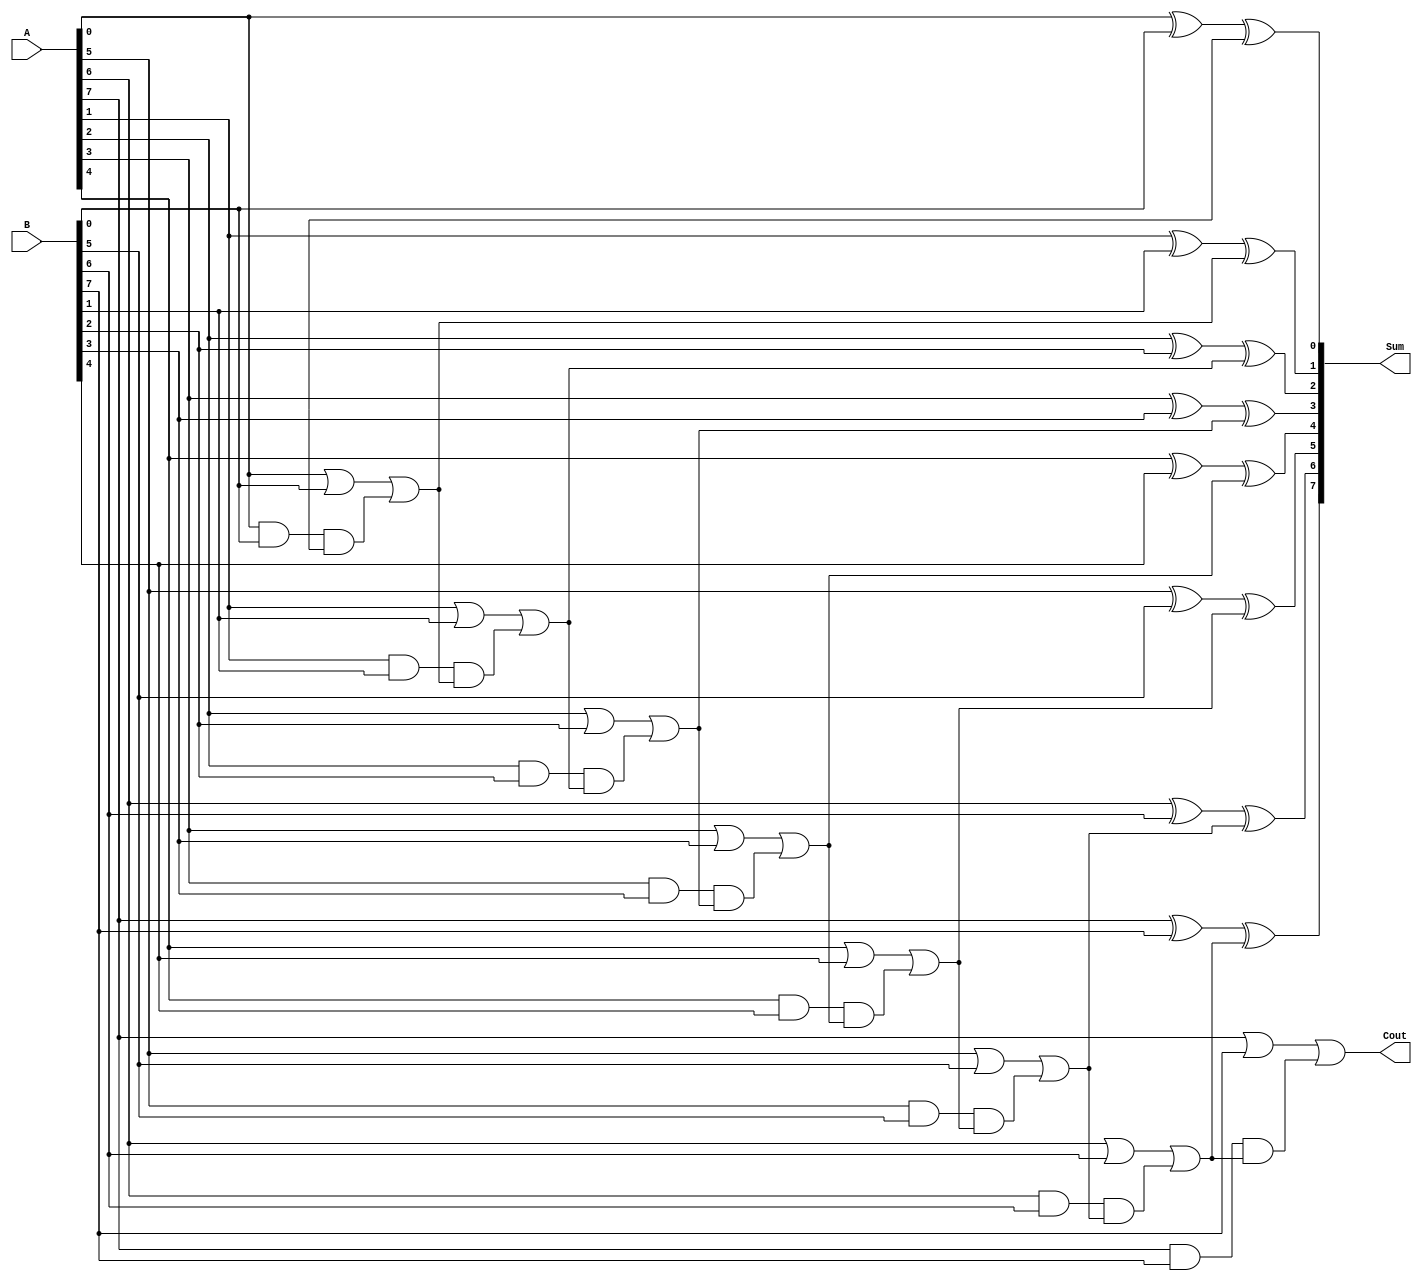
module CarryLookAheadAdder (
  input [7:0] A,
  input [7:0] B,
  output [7:0] Sum,
  output Cout
);

wire [7:0] P, G, C;

// Generate and Propagate signals generation
genvar i;
generate
  for (i = 0; i < 8; i = i + 1) begin: gen_prop
    assign P[i] = A[i] & B[i];
    assign G[i] = A[i] | B[i];
  end
endgenerate

// Carry computation
genvar j;
generate
  for (j = 0; j < 8; j = j + 1) begin: carry_gen
    assign C[j] = G[j] | (P[j] & {C[j-1:j]});
  end
endgenerate

// Sum computation
genvar k;
generate
  for (k = 0; k < 8; k = k + 1) begin: sum_gen
    assign Sum[k] = A[k] ^ B[k] ^ {C[k-1:k]};
  end
endgenerate

assign Cout = C[7];

endmodule